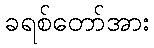
ခရစ်တော်အား